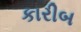
કારીબ